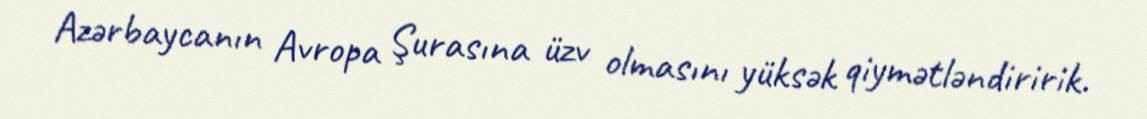
Azərbaycanın Avropa Şurasına üzv olmasını yüksək qiymətləndiririk.